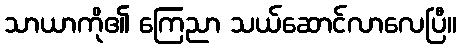
သာယာကို၏ ကြေညာ သယ်ဆောင်လာလေပြီ။